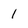
Character: 1